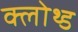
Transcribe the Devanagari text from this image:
क्लोथ्ड